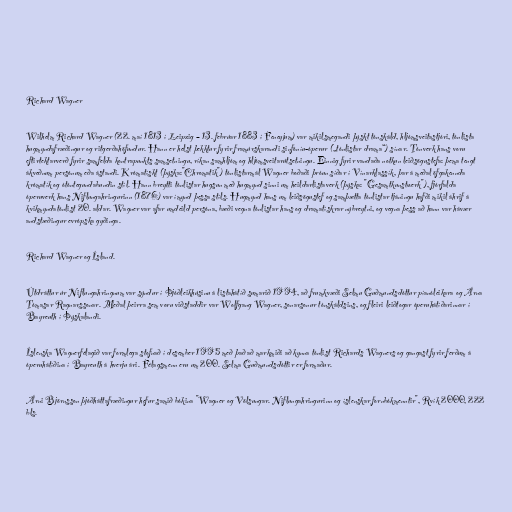
Richard Wagner

Wilhelm Richard Wagner (22. maí 1813 í Leipzig – 13. febrúar 1883 í Feneyjum) var mikilsmegandi þýskt tónskáld, hljómsveitastjóri, tónlista
hugmyndafræðingur og ritgerðahöfundur. Hann er helst þekktur fyrir framúrskarandi sinfóníu-óperur („tónlistar drama“) sínar. Tónverk hans voru
eftirtektarverð fyrir samfelda kontrapunkts samsetningu, ríkan samhljóm og hljómsveitarútsetningu. Einnig fyrir vandaða notkun leiðsögustefa: þema tengt
ákveðnum persónum eða ástandi. Krómatískt (þýska:"Chromatik") tónlistarmál Wagner boðaði þróun síðar í Vínarklassík, þar á meðal öfgakennda
krómatík og ótóntegundabundin stíl. Hann breytti tónlistar hugsun með hugmynd sinni um heildarlistaverk (þýska: "Gesamtkunstwerk"), fjórfalda
óperuverk hans Niflungahringurinn (1876) var ímynd þessa stíls. Hugmynd hans um leiðsögustef og samþætta tónlistar tjáningu hafði mikil áhrif á
kvikmyndatónlist 20. aldar. Wagner var afar umdeild persóna, bæði vegna tónlistar hans og dramatískrar nýbreytni, og vegna þess að hann var hávær
andstæðingur evrópska gyðinga.

Richard Wagner og Ísland.

Útdráttur úr Niflungahringnum var sýndur í Þjóðleikhúsinu á listahátíð sumarið 1994, að frumkvæði Selmu Guðmundsdóttur píanóleikara og Árna
Tómasar Ragnarssonar. Meðal þeirra sem voru viðstaddir var Wolfgang Wagner, sonarsonur tónskáldsins, og fleiri leiðtogar óperuhátíðarinnar í
Bayreuth í Þýskalandi.

Íslenska Wagnerfélagið var formlega stofnað í desember 1995 með það að markmiði að kynna tónlist Richards Wagners og gangast fyrir ferðum á
óperuhátíðina í Bayreuth á hverju ári. Félagsmenn eru um 200. Selma Guðmundsdóttir er formaður.

Árni Björnsson þjóðháttafræðingur hefur samið bókina "Wagner og Völsungar. Niflungahringurinn og íslenskar fornbókmenntir", Rvík 2000, 222
bls.